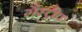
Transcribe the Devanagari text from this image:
गैस्ट्रीक